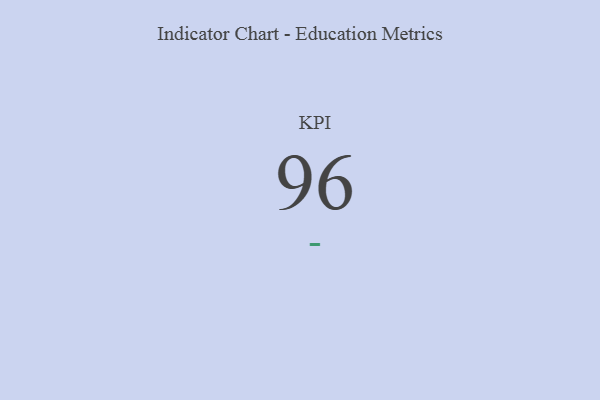
{"axis": {"x": "KPI", "y": "Value"}, "legend": [""], "data": [{"x": "KPI", "y": 96, "type": ""}]}